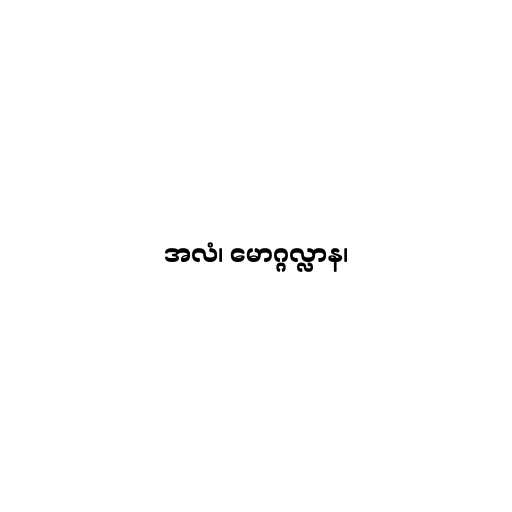
အလံ၊ မောဂ္ဂလ္လာန၊